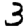
Digit: 3